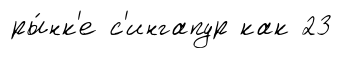
ры́нк'е с'ингапур как 23